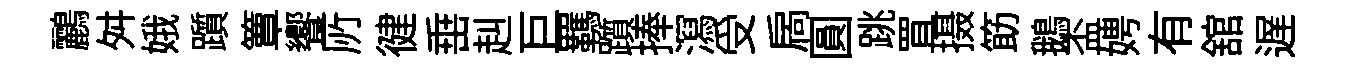
鸝舛娥躓簟饗𠩄徤𡸁赳巨羈躓捧㵼受扄圓跳罝摄筯鵝盃娉有舘遅